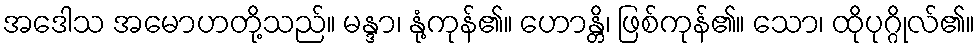
အဒေါသ အမောဟတို့သည်။ မန္ဒာ၊ နုံ့ကုန်၏။ ဟောန္တိ၊ ဖြစ်ကုန်၏။ သော၊ ထိုပုဂ္ဂိုလ်၏။